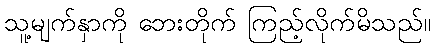
သူ့မျက်နှာကို ဘေးတိုက် ကြည့်လိုက်မိသည်။